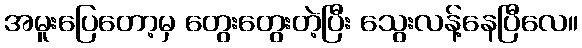
အမူးပြေတော့မှ တွေးတွေးတဲ့ပြီး သွေးလန့်နေပြီလေ။